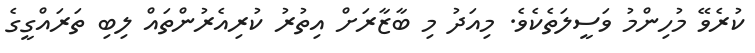
ކުރެވޭ މުހިންމު ވަސީލަތެކެވެ. މިއަދު މި ބާޒާރަށް އިތުރު ކުރިއެރުންތައް ލިބި ތަރައްގީގެ